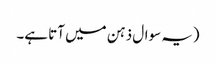
(یہ سوال ذہن میں آتا ہے۔